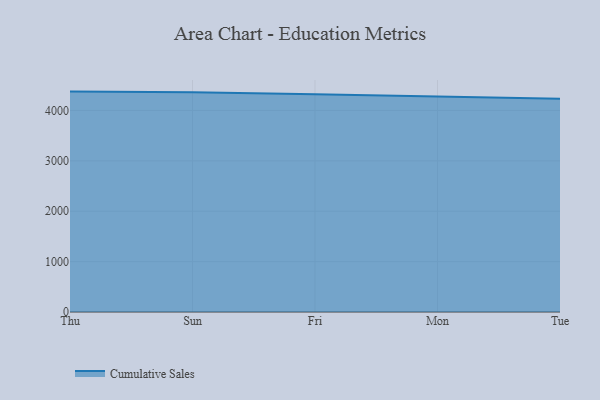
{"axis": {"x": "Day", "y": "Latency (ms)"}, "legend": ["Cumulative Sales"], "data": [{"x": "Thu", "y": 4374.7, "type": "Cumulative Sales"}, {"x": "Sun", "y": 4362.0, "type": "Cumulative Sales"}, {"x": "Fri", "y": 4322.2, "type": "Cumulative Sales"}, {"x": "Mon", "y": 4276.1, "type": "Cumulative Sales"}, {"x": "Tue", "y": 4230.3, "type": "Cumulative Sales"}]}